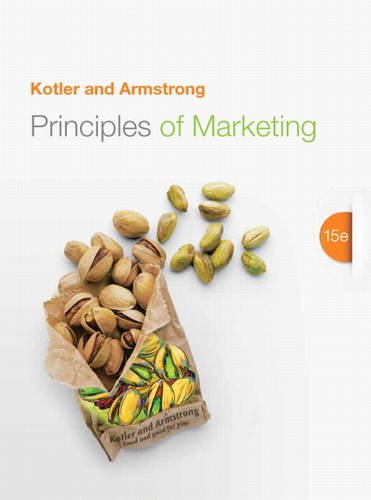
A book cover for Principles of Marketing (15th Edition); Philip T Kotler; Business & Money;